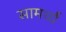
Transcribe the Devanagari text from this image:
सामर्थ्यं